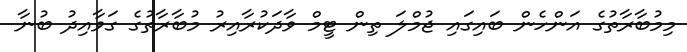
މިމުބާރާތުގެ އަންހެން ބައިގައި ޖުމްލަ ތިން ޓީމް ވާދަކުރާއިރު މުބާރާތުގެ ގަވާއިދު ބުނާ